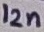
Text: 12n